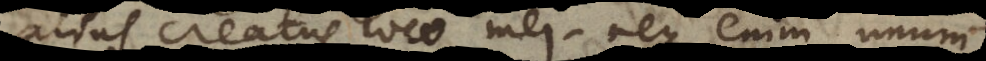
alius creatus loco mei; neque enim unum